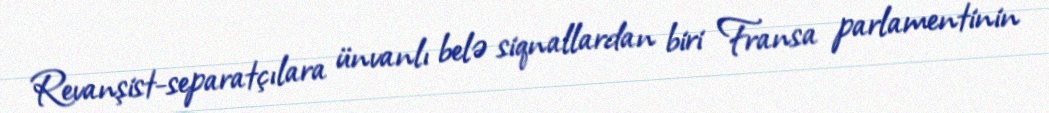
Revanşist-separatçılara ünvanlı belə siqnallardan biri Fransa parlamentinin